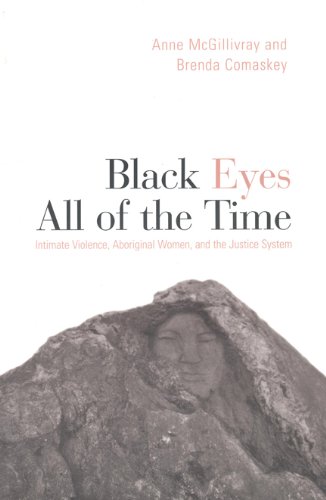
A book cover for Black Eyes All of the Time: Intimate Violence, Aboriginal Women, and the Justice System; Anne McGillivray; Law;